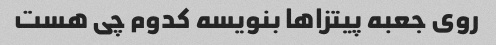
روی جعبه پیتزاها بنویسه کدوم چی هست